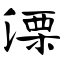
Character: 溧